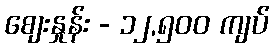
စျေးနှုန်း - ၁၂,၅၀၀ ကျပ်